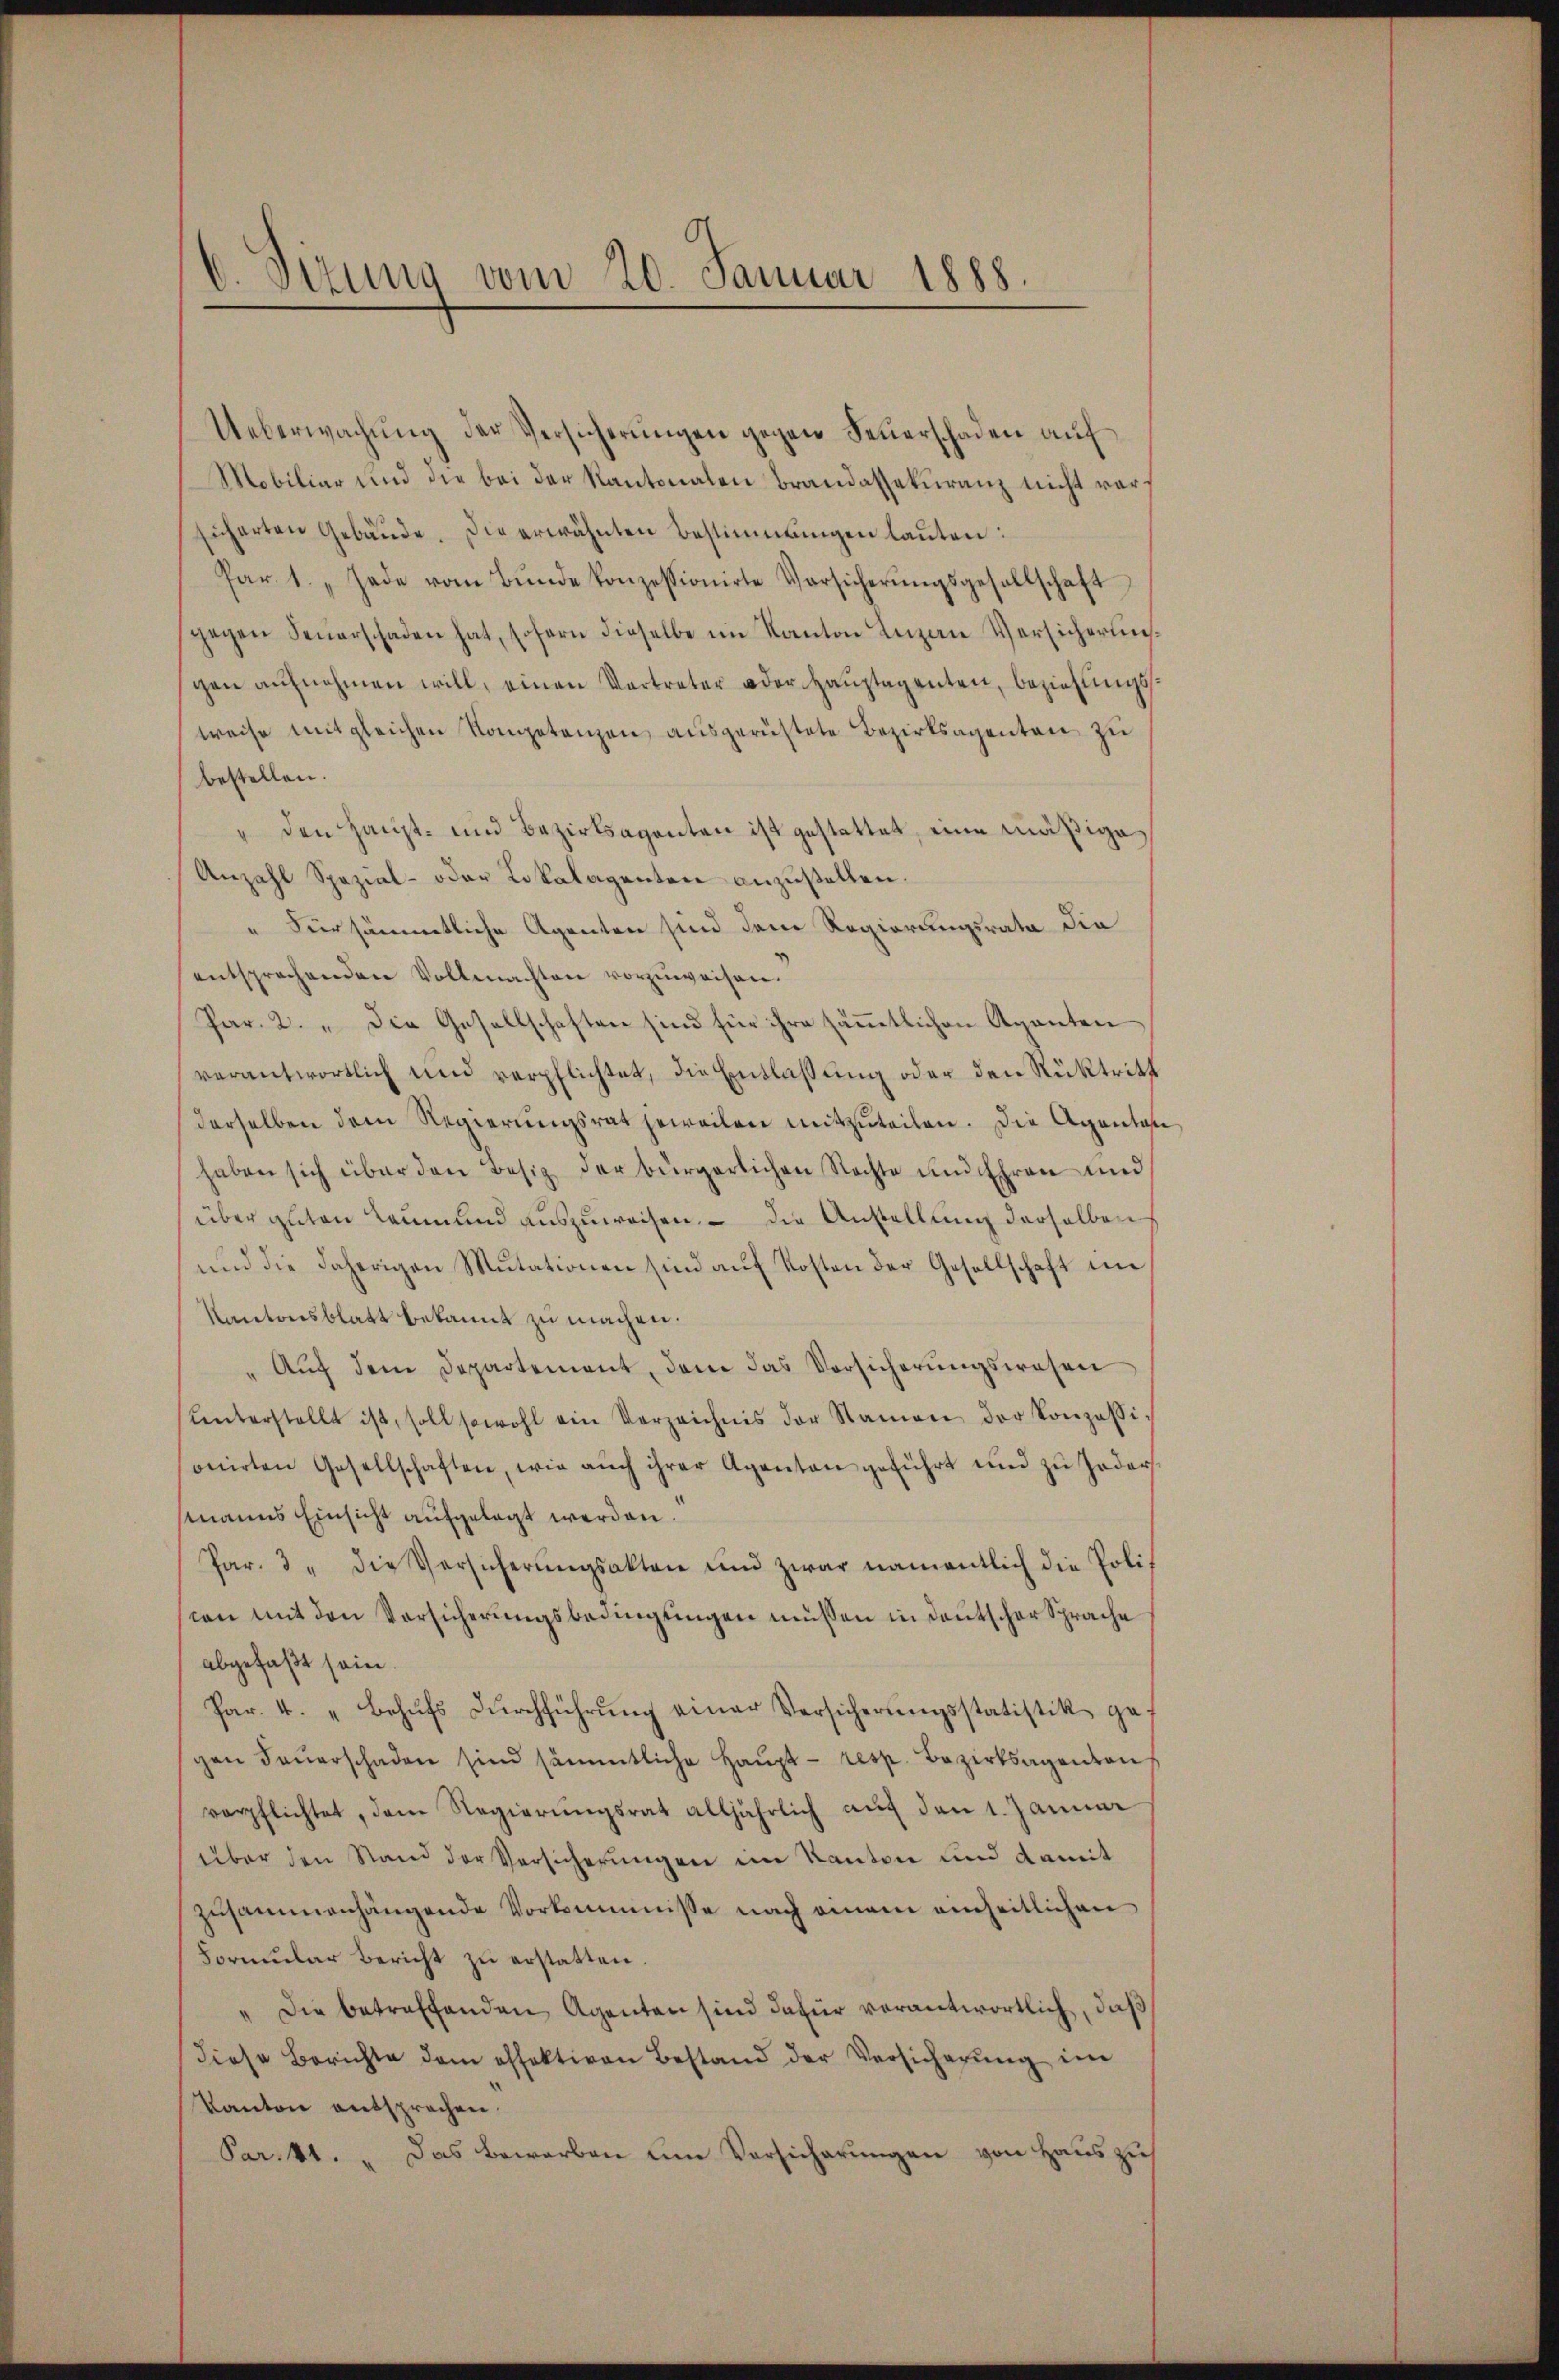
6. Sirung vom 20. Januar 1888.

Ueberwachŭng der Versicherŭngen gegen Feŭerschaden auf
Mobiliar und die bei der Kantonalen Brandassekuranz nicht vorsicherten Gebäŭde. Die erwähnten Bestimmungen lauten:
Par 1. „Jede vom Bŭnde konzessionirte Versicherŭngsgesellschaft
gegen Feŭerschaden hat, sofern dieselbe im Kanton Luzern Versicherungen aŭfnahmen will, einen Vertreter oder Haŭptagenten, beziehungs
weise mit gleichen Kompetenzen ausgerüstete Bezirksagenten zu
bestellen.
" den Haupt- und Bezirksaganten ist gestattet, eine mäßige
Anzahl Spezial- oder Lokalagenten anzustellen.
" Fürsämmtliche Agenten sind dem Regierungsrata die
entsprechenden Vollmachten vorzuweisen.
Par. 2. " Die Gesellschaften sind für ihre säṁtlichen Aganten
verantwortlich und verpflichtet, die Entlassung oder den Rücktritt
derselben dem Regierŭngsrat jeweilen mitzŭteilen. Die Agentan
haben sich über den Besitz der bürgerlichen Rechte und Ehren und
über guten Leumund auszuweisen. – Die Anstellung derselben
und die daherigen Mutationen sind aŭf Kosten der Gesellschaft in
Kantonsblatt bekannt zu machen.
" Aŭf dem Departement, dem das Versicherŭngswesen
ŭnterstellt ist, soll sowohl ein Verzeichnis der Namen der Konzessi-
onirten Gesellschaften, wie aŭch ihrer Aganton geführt und zŭ Jader
manns Einsicht aufgelegt werden.
Par. 3 die Versicherŭngsakten und zwar namentlich die Poli
con mit den Vorsicherungsbedingungen müssen in deutscher Sprache
abgefaßt sein.
Par. 4. "Behŭfs Dŭrchführŭng einer Versicherŭngsstatistik ges
gen Feŭerschaden sind sämmtliche Haŭpt- resp. Bezirksagenton
verpflichtet, dem Regierŭngsrat alljährlich aŭf den 1. Januar
über den Stand der Versicherungen im Kanton und damit
zusammenhängende Vorkommnisse nach einem einheitlichen
Formular Bericht zu erstatten
" Die betreffenden Agenten sind dafür verantwortlich, daß
diese Berichte dem offektiven Bestand der Versicherung im
Kanton entsprechen.
Par.41. " Das Bewarben um Versicherungen von Haus zus